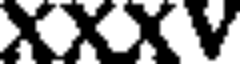
XXXV